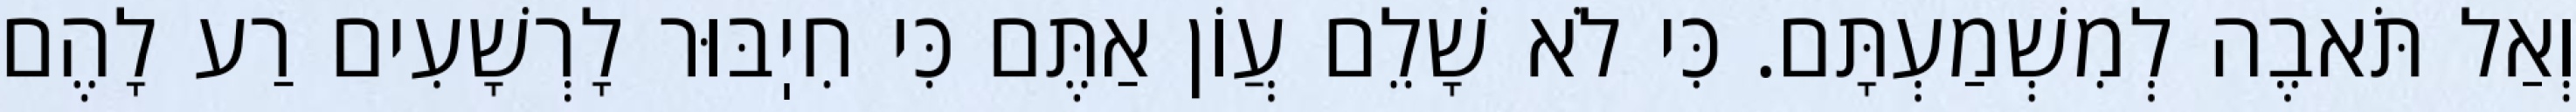
וְאַל תֹּאבֶה לְמִשְׁמַעְתָּם. כִּי לֹא שָׁלֵם עֲוֹן אַתֶּם כִּי חִיֽבּוּר לָרְשָׁעִים רַע לָהֶם